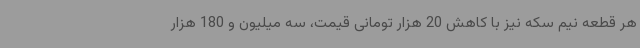
هر قطعه نیم سکه نیز با کاهش 20 هزار تومانی قیمت، سه میلیون و 180 هزار